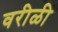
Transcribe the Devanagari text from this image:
वरीळी